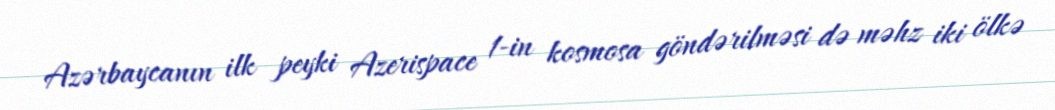
Azərbaycanın ilk peyki Azerispace 1-in kosmosa göndərilməsi də məhz iki ölkə